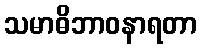
သမာဓိဘာဝနာရတာ